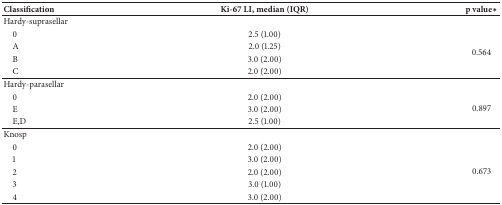
<table><thead><tr><td><b>Classification</b></td><td><b>Ki-67 LI, median (IQR)</b></td><td><b>p value∗</b></td></tr></thead><tbody><tr><td>Hardy-suprasellar</td><td> </td><td> </td></tr><tr><td> 0</td><td>2.5 (1.00)</td><td rowspan="4">0.564</td></tr><tr><td> A</td><td>2.0 (1.25)</td></tr><tr><td> B</td><td>3.0 (2.00)</td></tr><tr><td> C</td><td>2.0 (2.00)</td></tr><tr><td>Hardy-parasellar</td><td> </td><td> </td></tr><tr><td> 0</td><td>2.0 (2.00)</td><td rowspan="3">0.897</td></tr><tr><td> E</td><td>3.0 (2.00)</td></tr><tr><td> E,D</td><td>2.5 (1.00)</td></tr><tr><td>Knosp</td><td> </td><td> </td></tr><tr><td> 0</td><td>2.0 (2.00)</td><td rowspan="5">0.673</td></tr><tr><td> 1</td><td>3.0 (2.00)</td></tr><tr><td> 2</td><td>2.0 (2.00)</td></tr><tr><td> 3</td><td>3.0 (1.00)</td></tr><tr><td> 4</td><td>3.0 (2.00)</td></tr></tbody></table>